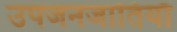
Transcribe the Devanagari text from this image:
उपजनजातियाँ